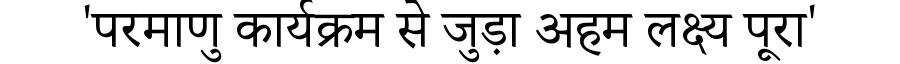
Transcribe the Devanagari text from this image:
'परमाणु कार्यक्रम से जुड़ा अहम लक्ष्य पूरा'